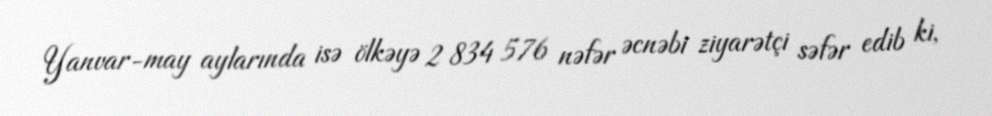
Yanvar-may aylarında isə ölkəyə 2 834 576 nəfər əcnəbi ziyarətçi səfər edib ki,